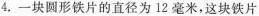
4.一块圆形铁片的直径为12毫米，这块铁片